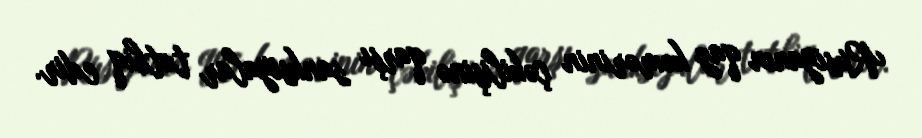
Rusiyanın qaz kəmərinin çəkilişinə qarşı sanksiyalar tətbiq edir.